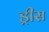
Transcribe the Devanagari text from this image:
ड्रीस